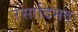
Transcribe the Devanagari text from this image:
रसादिमद्